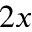
2 x